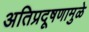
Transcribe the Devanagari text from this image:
अतिप्रदूषणामुळे